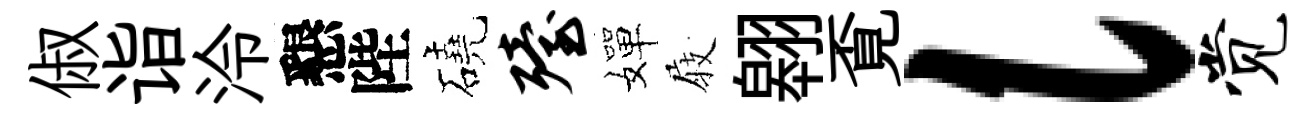
俶诣泠懇陛磽殪嬋𡲆翱覔l觉